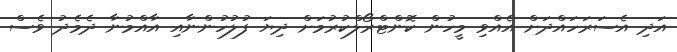
އަދި އެސަރަހައްދަށް އެއްވި މީހުން ކޮންޓްރޯލްކުރުމަށް ދިޔަ ފުލުހުންނާއި އާއްމުނާ ދެމެދު ވެސް